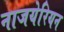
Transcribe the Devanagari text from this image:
नाजयेरियन